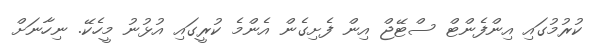
ކުރުމުގައި އިންފެންޓް ސްޓޭޖް އިން ފެށިގެން އެންމެ ކުރީގައި އުޅުނު މީހެކޭ. ނިހާނަށް